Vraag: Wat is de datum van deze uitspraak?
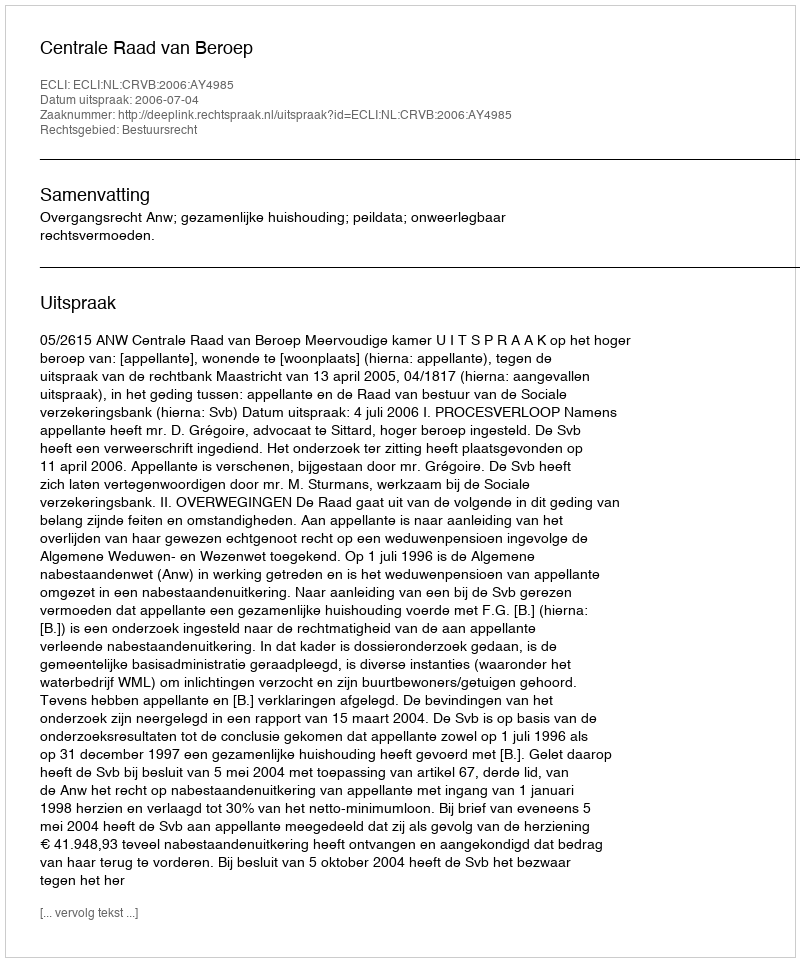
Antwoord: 2006-07-04